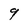
Character: 9